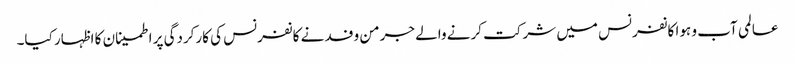
عالمی آب و ہوا کانفرنس میں شرکت کرنے والے جرمن وفد نے کانفرنس کی کارکردگی پر اطمینان کا اظہار کیا۔